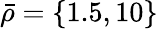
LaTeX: \bar{\rho}=\{ 1.5,10\}